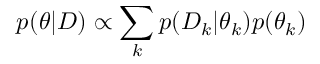
p ( \theta | D ) \propto \sum _ { k } p ( D _ { k } | \theta _ { k } ) p ( \theta _ { k } )